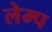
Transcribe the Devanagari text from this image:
लेम्प